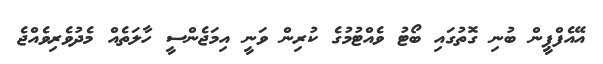
އޭއެފްޕީން ބުނި ގޮތުގައި ބޯޓު ވެއްޓުމުގެ ކުރިން ވަނީ އިމަޖެންސީ ހާލަތެއް މެދުވެރިވެއްޖެ